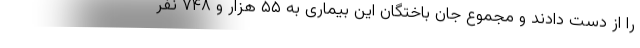
را از دست دادند و مجموع جان باختگان این بیماری به ۵۵ هزار و ۷۴۸ نفر